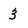
Character: 3